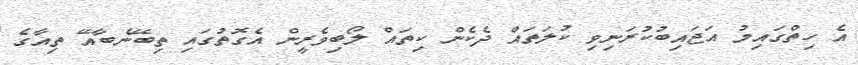
އެ ހިތްގައިމު އަޖައިބުކުރަނިވި ކުލަތައް ދެކެން ކިތައް ލޯބިވެރީން އެގޮތުގައި ތިބޭނެބާއޭ ތިއާގެ